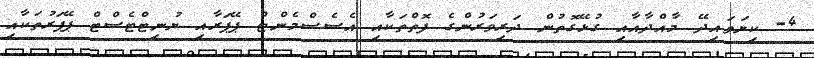
4- ކިޔަވައިދޭ މާއްދާއާއި ގުޅޭގޮތުން ދަރިވަރުންގެ ފޮތްތަކާއި އެސެސްމެންޓް ޕޭޕަރާއި ޔުނިޓްޓެސްޓް ޕޭޕަރުތަކާއި